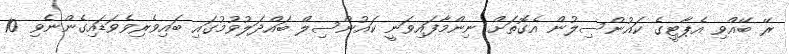
ރޭ ބޭއްވި އެޕާޓީގެ ކައުންސިލުން އެގޮތަށް ނިންމާފައިވަނީ ކައުންސިލް ބައްދަލުވުމުގައި ބައިވެރިވެވަޑައިގެންނެވި 10